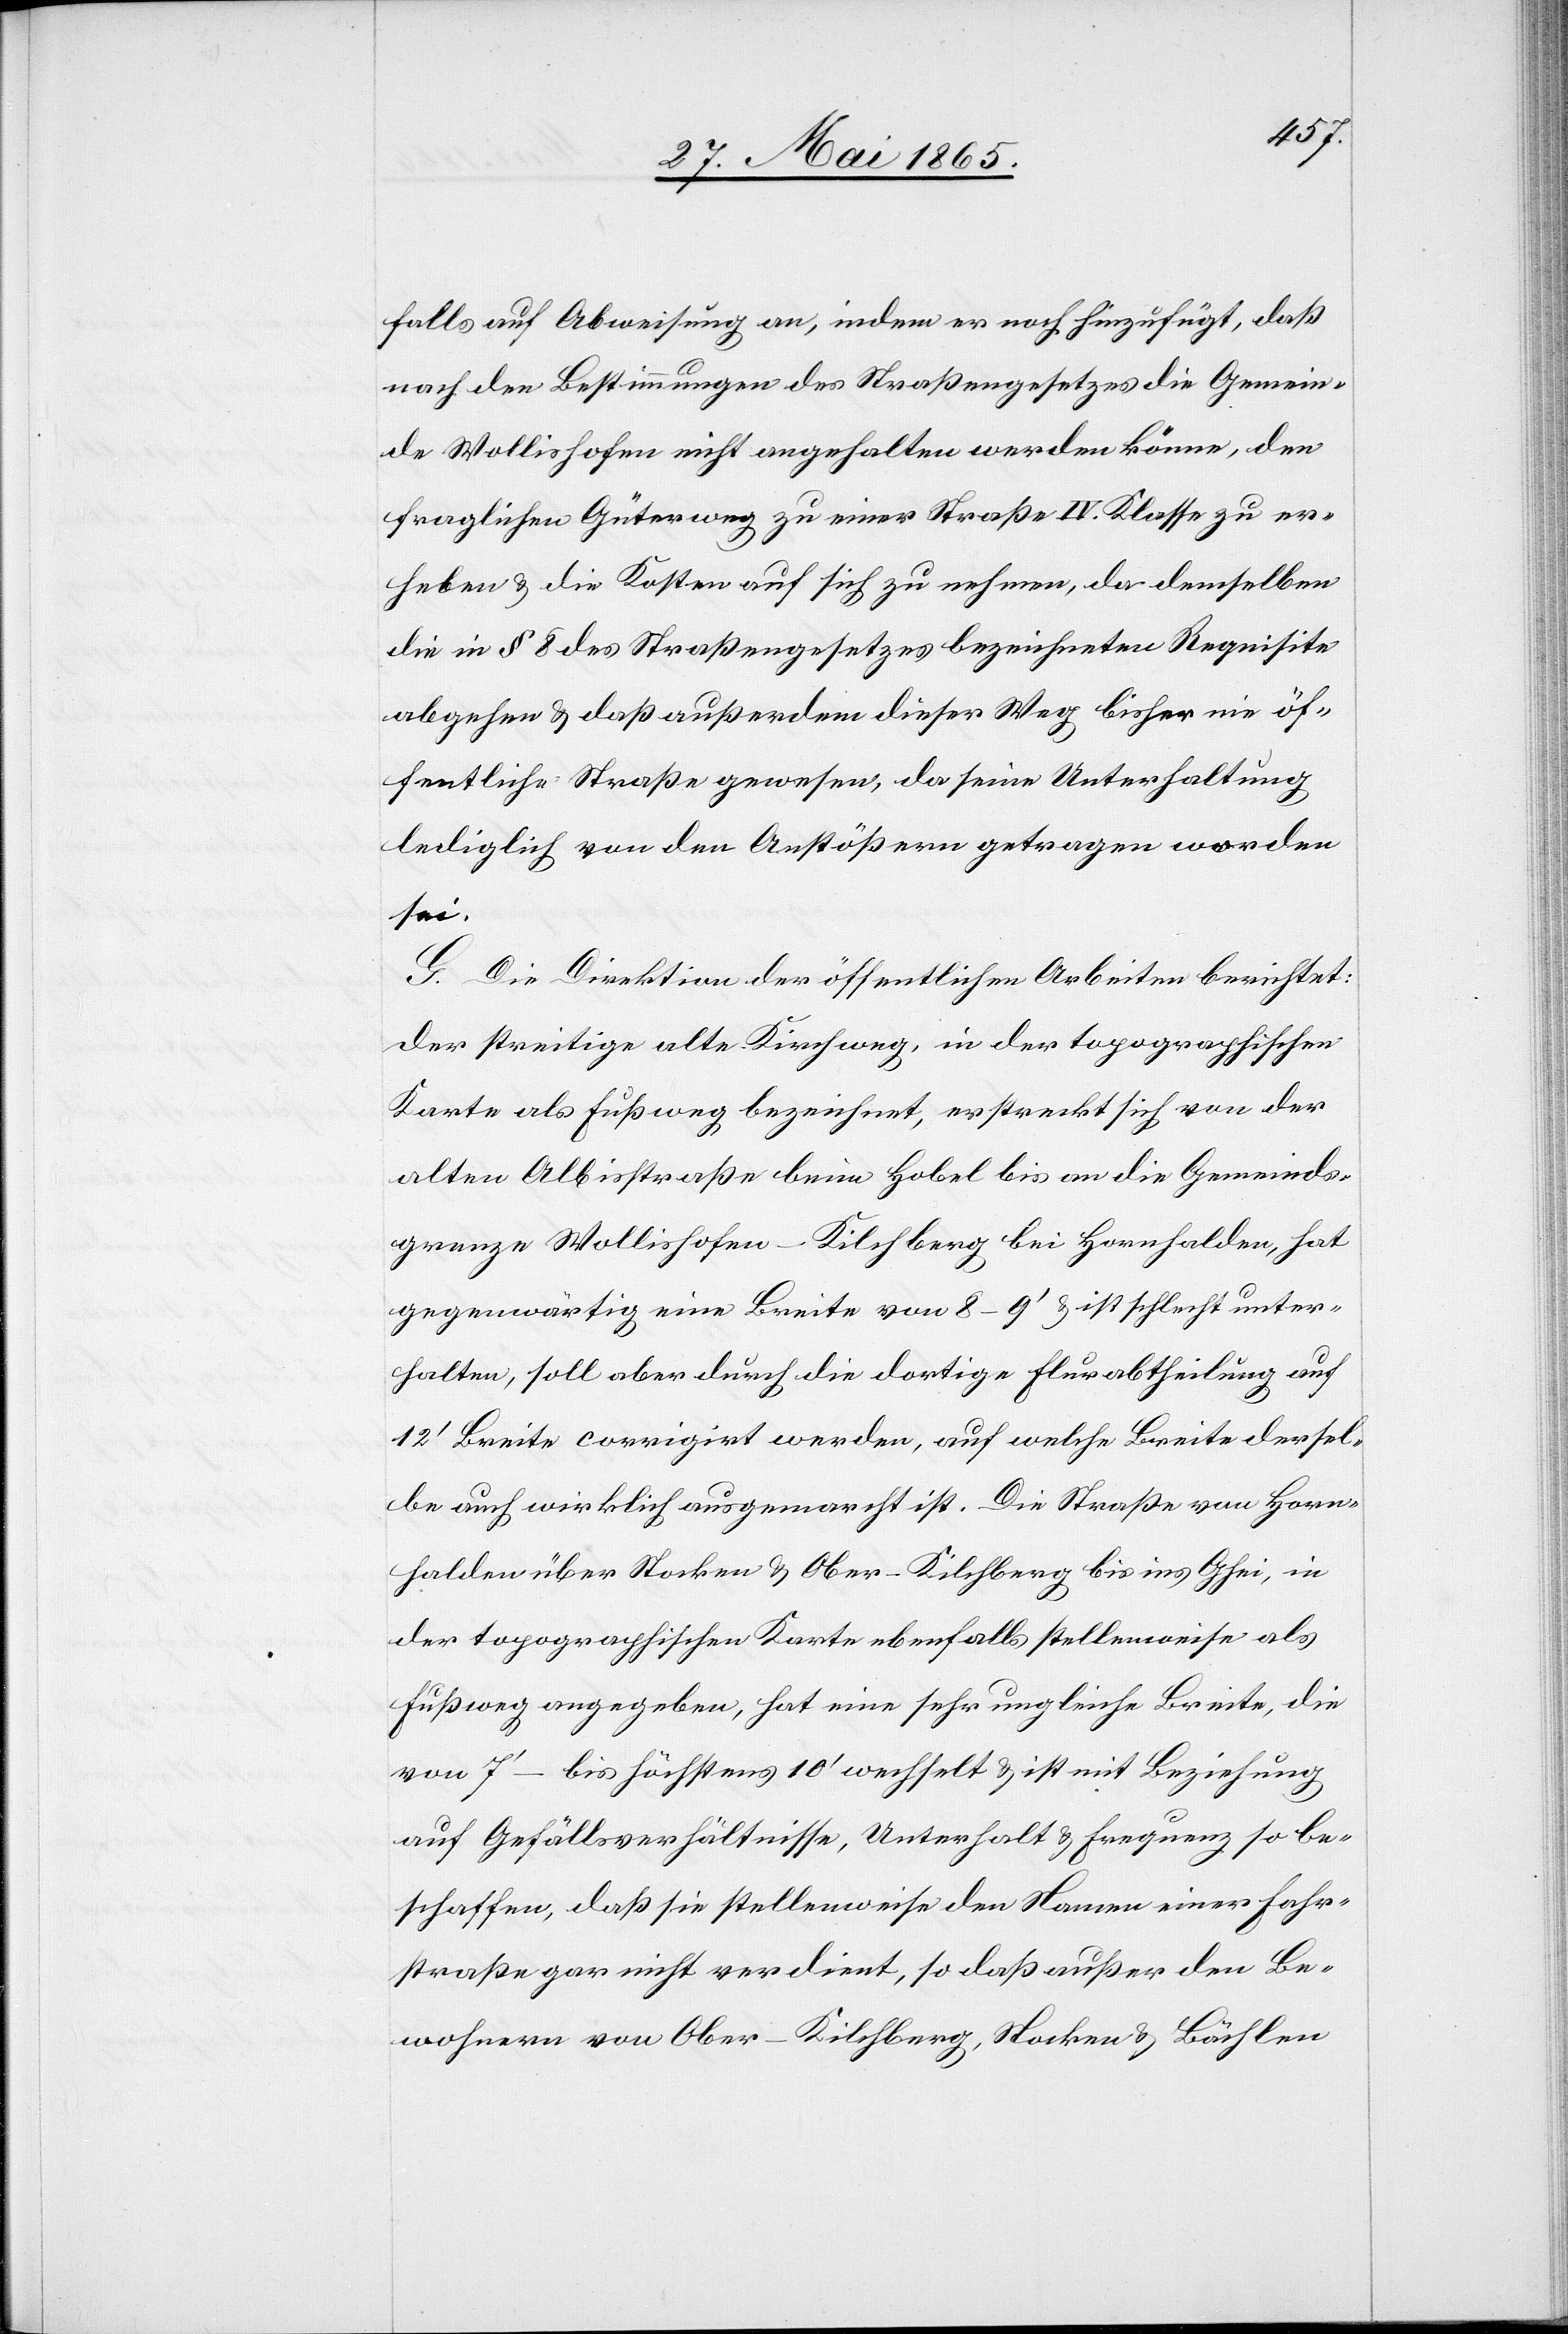
falls auf Abweisung an, indem er noch hinzufügt, daß
nach den Bestimmungen des Straßengesetzes die Gemein¬
de Wollishofen nicht angehalten werden könne, den
fraglichen Güterweg zu einer Straße IV. Klasse zu er¬
heben & die Kosten auf sich zu nehmen, da demselben
die in § 8 des Straßengesetzes bezeichneten Requisite
abgehen & daß außerdem dieser Weg bisher nie öf¬
fentliche Straße gewesen, da seine Unterhaltung
lediglich von den Anstößern getragen worden
sei.
G. Die Direktion der öffentlichen Arbeiten berichtet:
Der streitige alte Kirchweg, in der topographischen
Karte als Fußweg bezeichnet, erstreckt sich von der
alten Albisstraße beim Hobel bis an die Gemeinds¬
grenze Wollishofen-Kilchberg bei Hornhalden, hat
gegenwärtig eine Breite von 8–9’ & ist schlecht unter¬
halten, soll aber durch die dortige Flurabtheilung auf
12’ Breite corrigirt werden, auf welche Breite dersel¬
be auch wirklich ausgemarcht ist. Die Straße von Horn¬
halden über Stocken & Ober-Kilchberg bis ins Ghei, in
der topographischen Karte ebenfalls stellenweise als
Fußweg angegeben, hat eine sehr ungleiche Breite, die
von 7’ bis höchstens 10’ wechselt & ist mit Beziehung
auf Gefällsverhältnisse, Unterhalt & Frequenz so be¬
schaffen, daß sie stellenweise den Namen einer Fahr¬
straße gar nicht verdient, so daß außer den Be¬
wohnern von Ober-Kilchberg, Stocken & Bächlen